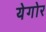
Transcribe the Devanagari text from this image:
येगोर